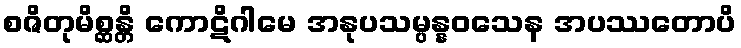
စဇိတုမိစ္ဆန္တိ ကောဋိဂါမေ အနုပသမ္ပန္နဝသေန အပဿတောပိ